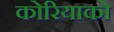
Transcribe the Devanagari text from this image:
कोरियाको